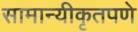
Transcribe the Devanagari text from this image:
सामान्यीकृतपणे